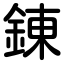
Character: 錬